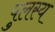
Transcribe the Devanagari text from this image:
पुलस्य